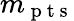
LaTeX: m_{\mathrm{~p~t~s~}}